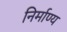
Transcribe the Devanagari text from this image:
निर्माण्य